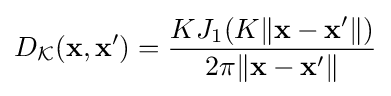
D_{\mathcal {K}}(\mathbf {x} ,\mathbf {x} ')={\frac {KJ_{1}(K\|\mathbf {x} -\mathbf {x} '\|)}{2\pi \|\mathbf {x} -\mathbf {x} '\|}}